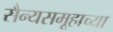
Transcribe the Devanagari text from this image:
सैन्यसमूहाच्या